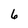
Character: 6